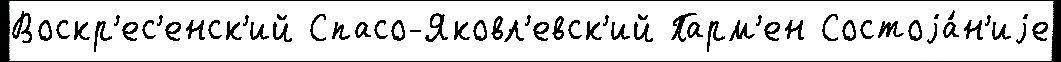
Воскр'ес'енск'ий Спасо-Яковл'евск'ий Парм'ен Состоjа́н'иjе